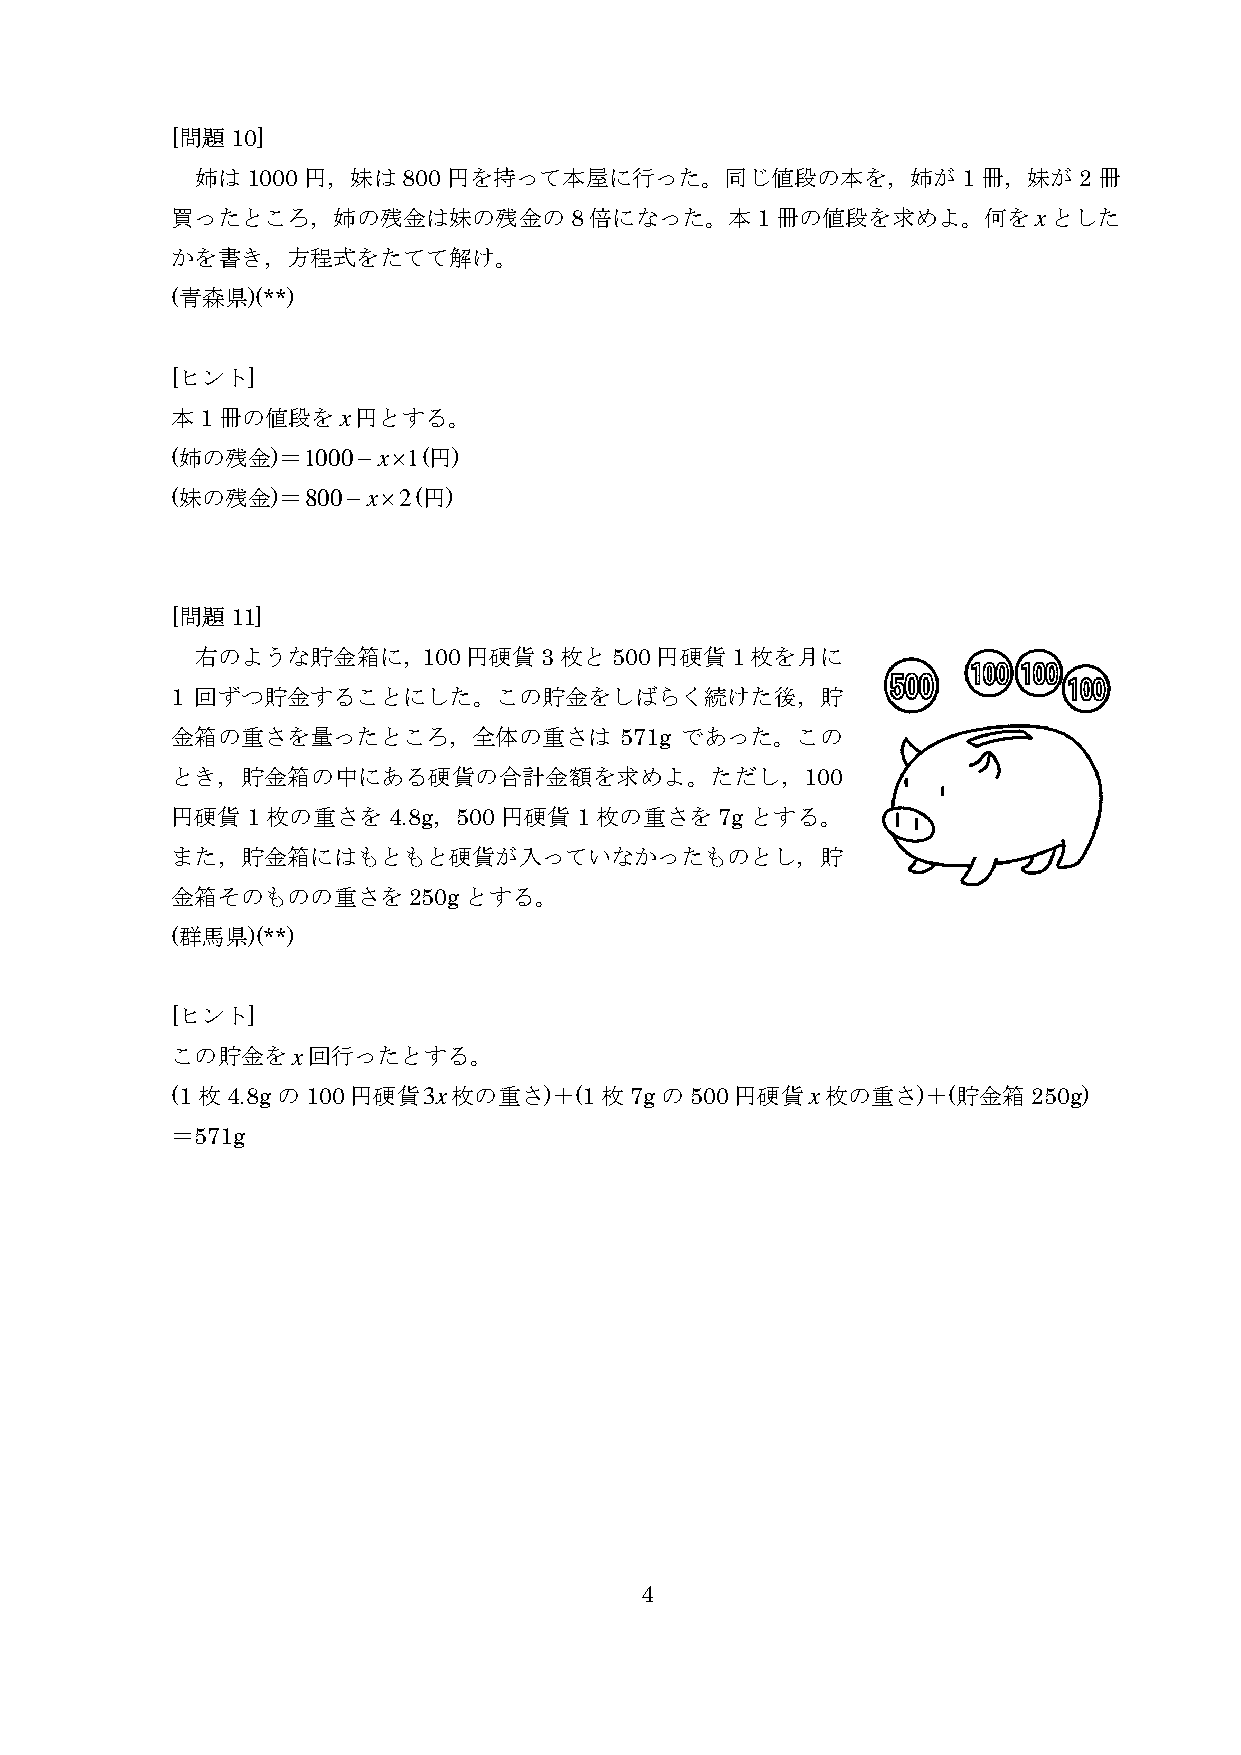
[問題10]
 姉は1000円，妹は800円を持って本屋に行った。同じ値段の本を，姉が1冊，妹が2冊
 買ったところ，姉の残金は妹の残金の8倍になった。本1冊の値段を求めよ。何をxとした
 かを書き，方程式をたてて解け。
 (青森県)(**)
 [ヒント]
 本1冊の値段をx円とする。
 (姉の残金)＝1000−x×1(円)
 (妹の残金)＝800−x×2(円)
 [問題11]
 右のような貯金箱に，100円硬貨3枚と500円硬貨1枚を月に
 1 回ずつ貯金することにした。この貯金をしばらく続けた後，貯
 金箱の重さを量ったところ，全体の重さは           571g であった。この
 とき，貯金箱の中にある硬貨の合計金額を求めよ。ただし，100
 円硬貨  1 枚の重さを   4.8g，500 円硬貨 1 枚の重さを  7g とする。
 また，貯金箱にはもともと硬貨が入っていなかったものとし，貯
 金箱そのものの重さを250gとする。
 (群馬県)(**)
 [ヒント]
 この貯金をx回行ったとする。
 (1枚4.8gの100円硬貨3x枚の重さ)＋(1枚7gの500円硬貨x枚の重さ)＋(貯金箱250g)
 ＝571g
 4